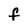
Character: F